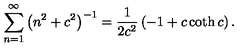
\sum _ { n = 1 } ^ { \infty } \left( n ^ { 2 } + c ^ { 2 } \right) ^ { - 1 } = \frac { 1 } { 2 c ^ { 2 } } \left( - 1 + c \coth c \right) .